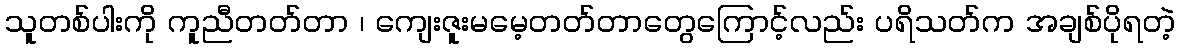
သူတစ်ပါးကို ကူညီတတ်တာ ၊ ကျေးဇူးမမေ့တတ်တာတွေကြောင့်လည်း ပရိသတ်က အချစ်ပိုရတဲ့